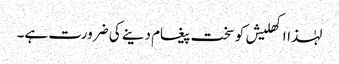
لہٰذااکھلیش کوسخت پیغام دینے کی ضرورت ہے۔